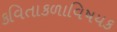
કવિતાકળાવિષયક